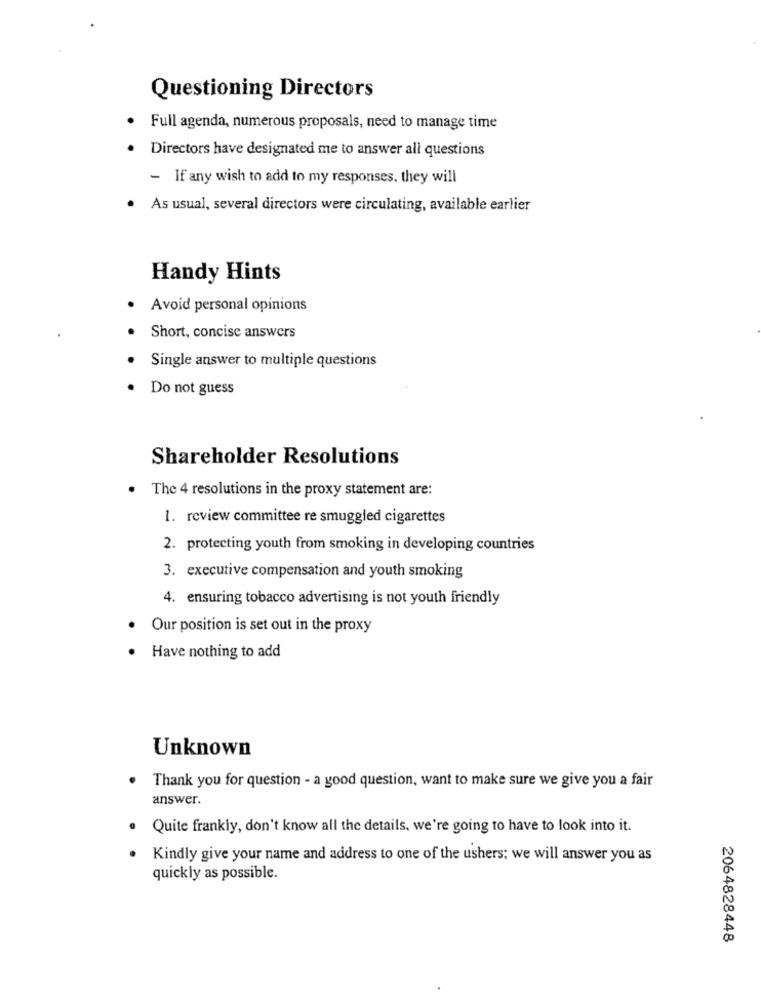
Questioning Directors
Full agenda, numerous proposals, need to manage time
Directors have designated me to answer all questions
- If any wish to add to my responses, they will
As usual, several directors were circulating, available earlier
Handy Hints
Avoid personal opinions
Short, concise answers
Single answer to multiple questions
Do not guess
Shareholder Resolutions
The 4 resolutions in the proxy statement are:
1. review committee re smuggled cigarettes
2. protecting youth from smoking in developing countries
3. executive compensation and youth smoking
4. ensuring tobacco advertising is not youth friendly
Our position is set out in the proxy
Have nothing to add
Unknown
Thank you for question - a good question, want to make sure we give you a fair
answer.
· Quite frankly, don't know all the details, we're going to have to look into it.
Kindly give your name and address to one of the ushers; we will answer you as
quickly as possible.
2064828448